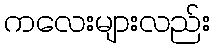
ကလေးများလည်း